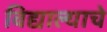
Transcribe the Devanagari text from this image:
विद्याल्याचे